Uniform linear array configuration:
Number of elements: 32
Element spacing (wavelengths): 0.5
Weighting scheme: blackman
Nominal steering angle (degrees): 45
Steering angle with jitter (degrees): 45.437
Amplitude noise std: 0.05
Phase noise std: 0.05

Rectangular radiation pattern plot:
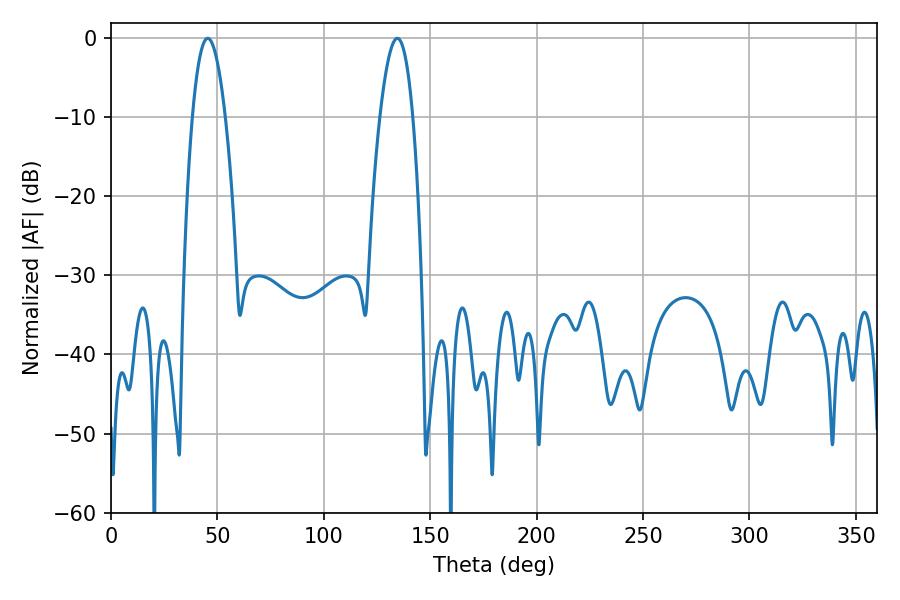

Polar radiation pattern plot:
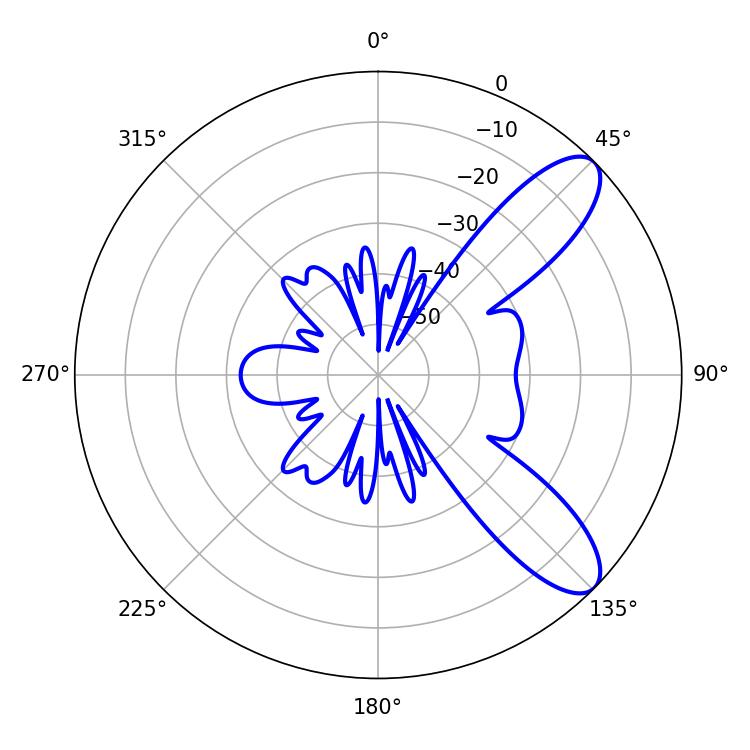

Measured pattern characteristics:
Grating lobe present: FALSE
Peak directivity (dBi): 9.419
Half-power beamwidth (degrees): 8.46
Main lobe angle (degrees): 45.54